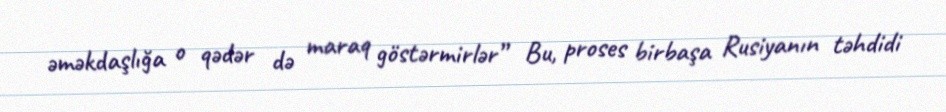
əməkdaşlığa o qədər də maraq göstərmirlər” Bu, proses birbaşa Rusiyanın təhdidi